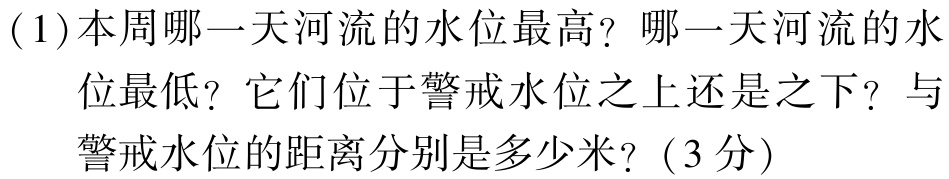
(1)本周哪一天河流的水位最高？哪一天河流的水位最低？它们位于警戒水位之上还是之下？与警戒水位的距离分别是多少米？（3分）